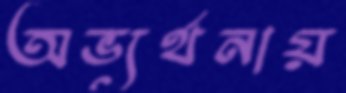
অভ্যর্থনায়